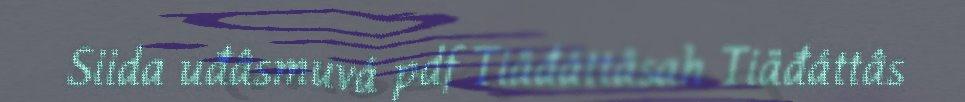
Siida uđâsmuvá pdf Tiäđáttâsah Tiäđáttâs